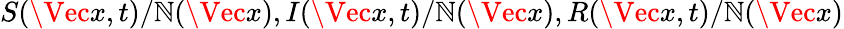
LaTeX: S(\Vec{x},t)/\mathbb{N}(\Vec{x}),I(\Vec{x},t)/\mathbb{N}(\Vec{x}),R(\Vec{x},t)/\mathbb{N}(\Vec{x})